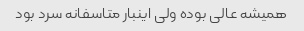
همیشه عالی بوده ولی اینبار متاسفانه سرد بود